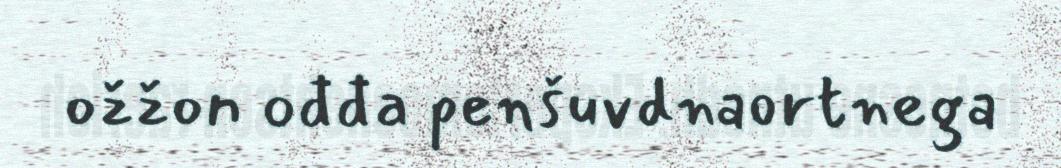
ožžon ođđa penšuvdnaortnega